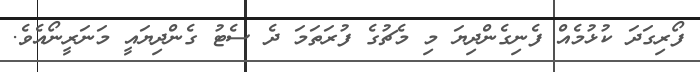
ފޯރިގަދަ ކުޅުމެއް ފެނިގެންދިޔަ މި މެޗުގެ ފުރަތަމަ ދެ ސެޓު ގެންދިޔައީ މަނަރީނޯއެވެ.